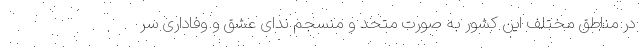
در مناطق مختلف این کشور به صورت متحد و منسجم ندای عشق و وفاداری سر